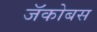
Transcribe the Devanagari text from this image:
जॅकोबस